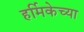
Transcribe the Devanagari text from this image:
हर्मिकेच्या